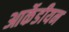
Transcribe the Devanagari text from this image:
आर्केडीयन